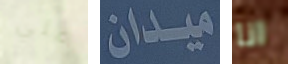
علي ميدان انا